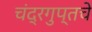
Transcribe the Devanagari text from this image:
चंद्रगुप्तचे